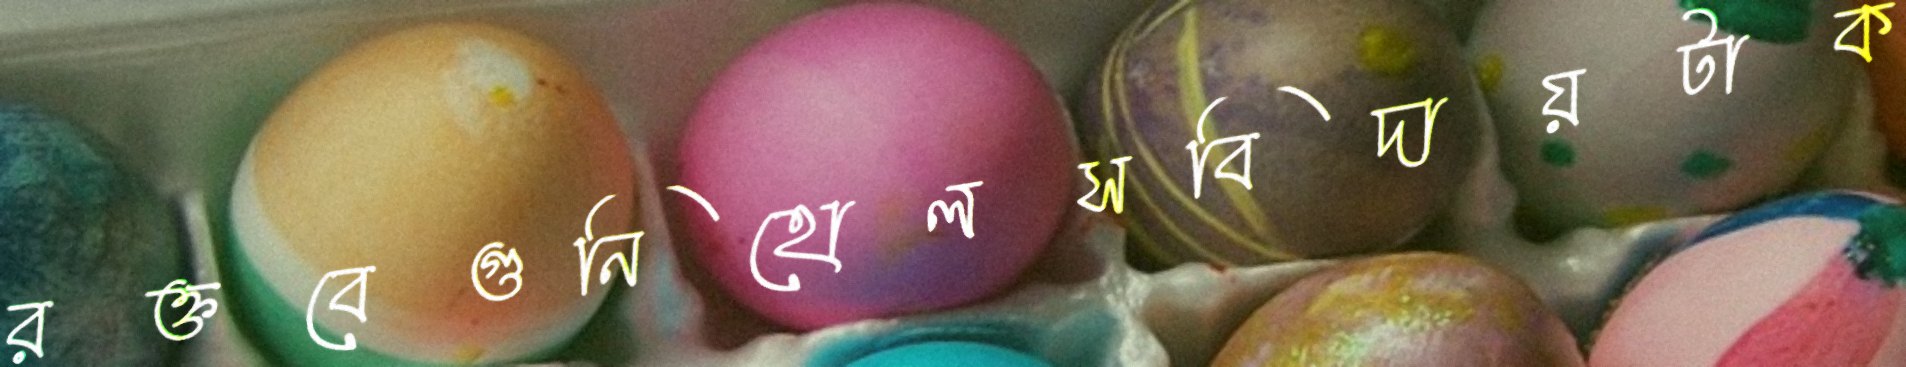
রক্তবেগুনিহোলসবিদায়টাক